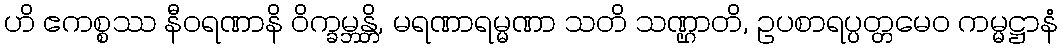
ဟိ ဧကစ္စဿ နီဝရဏာနိ ဝိက္ခမ္ဘန္တိ, မရဏာရမ္မဏာ သတိ သဏ္ဌာတိ, ဥပစာရပ္ပတ္တမေဝ ကမ္မဋ္ဌာနံ